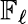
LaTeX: \mathbb{F}_{\ell}